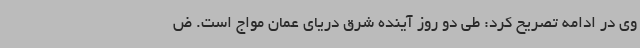
وی در ادامه تصریح کرد: طی دو روز آینده شرق دریای عمان مواج است. ض